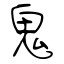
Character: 鬼